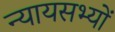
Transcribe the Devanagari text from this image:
न्यायसभ्यों